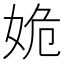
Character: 姽